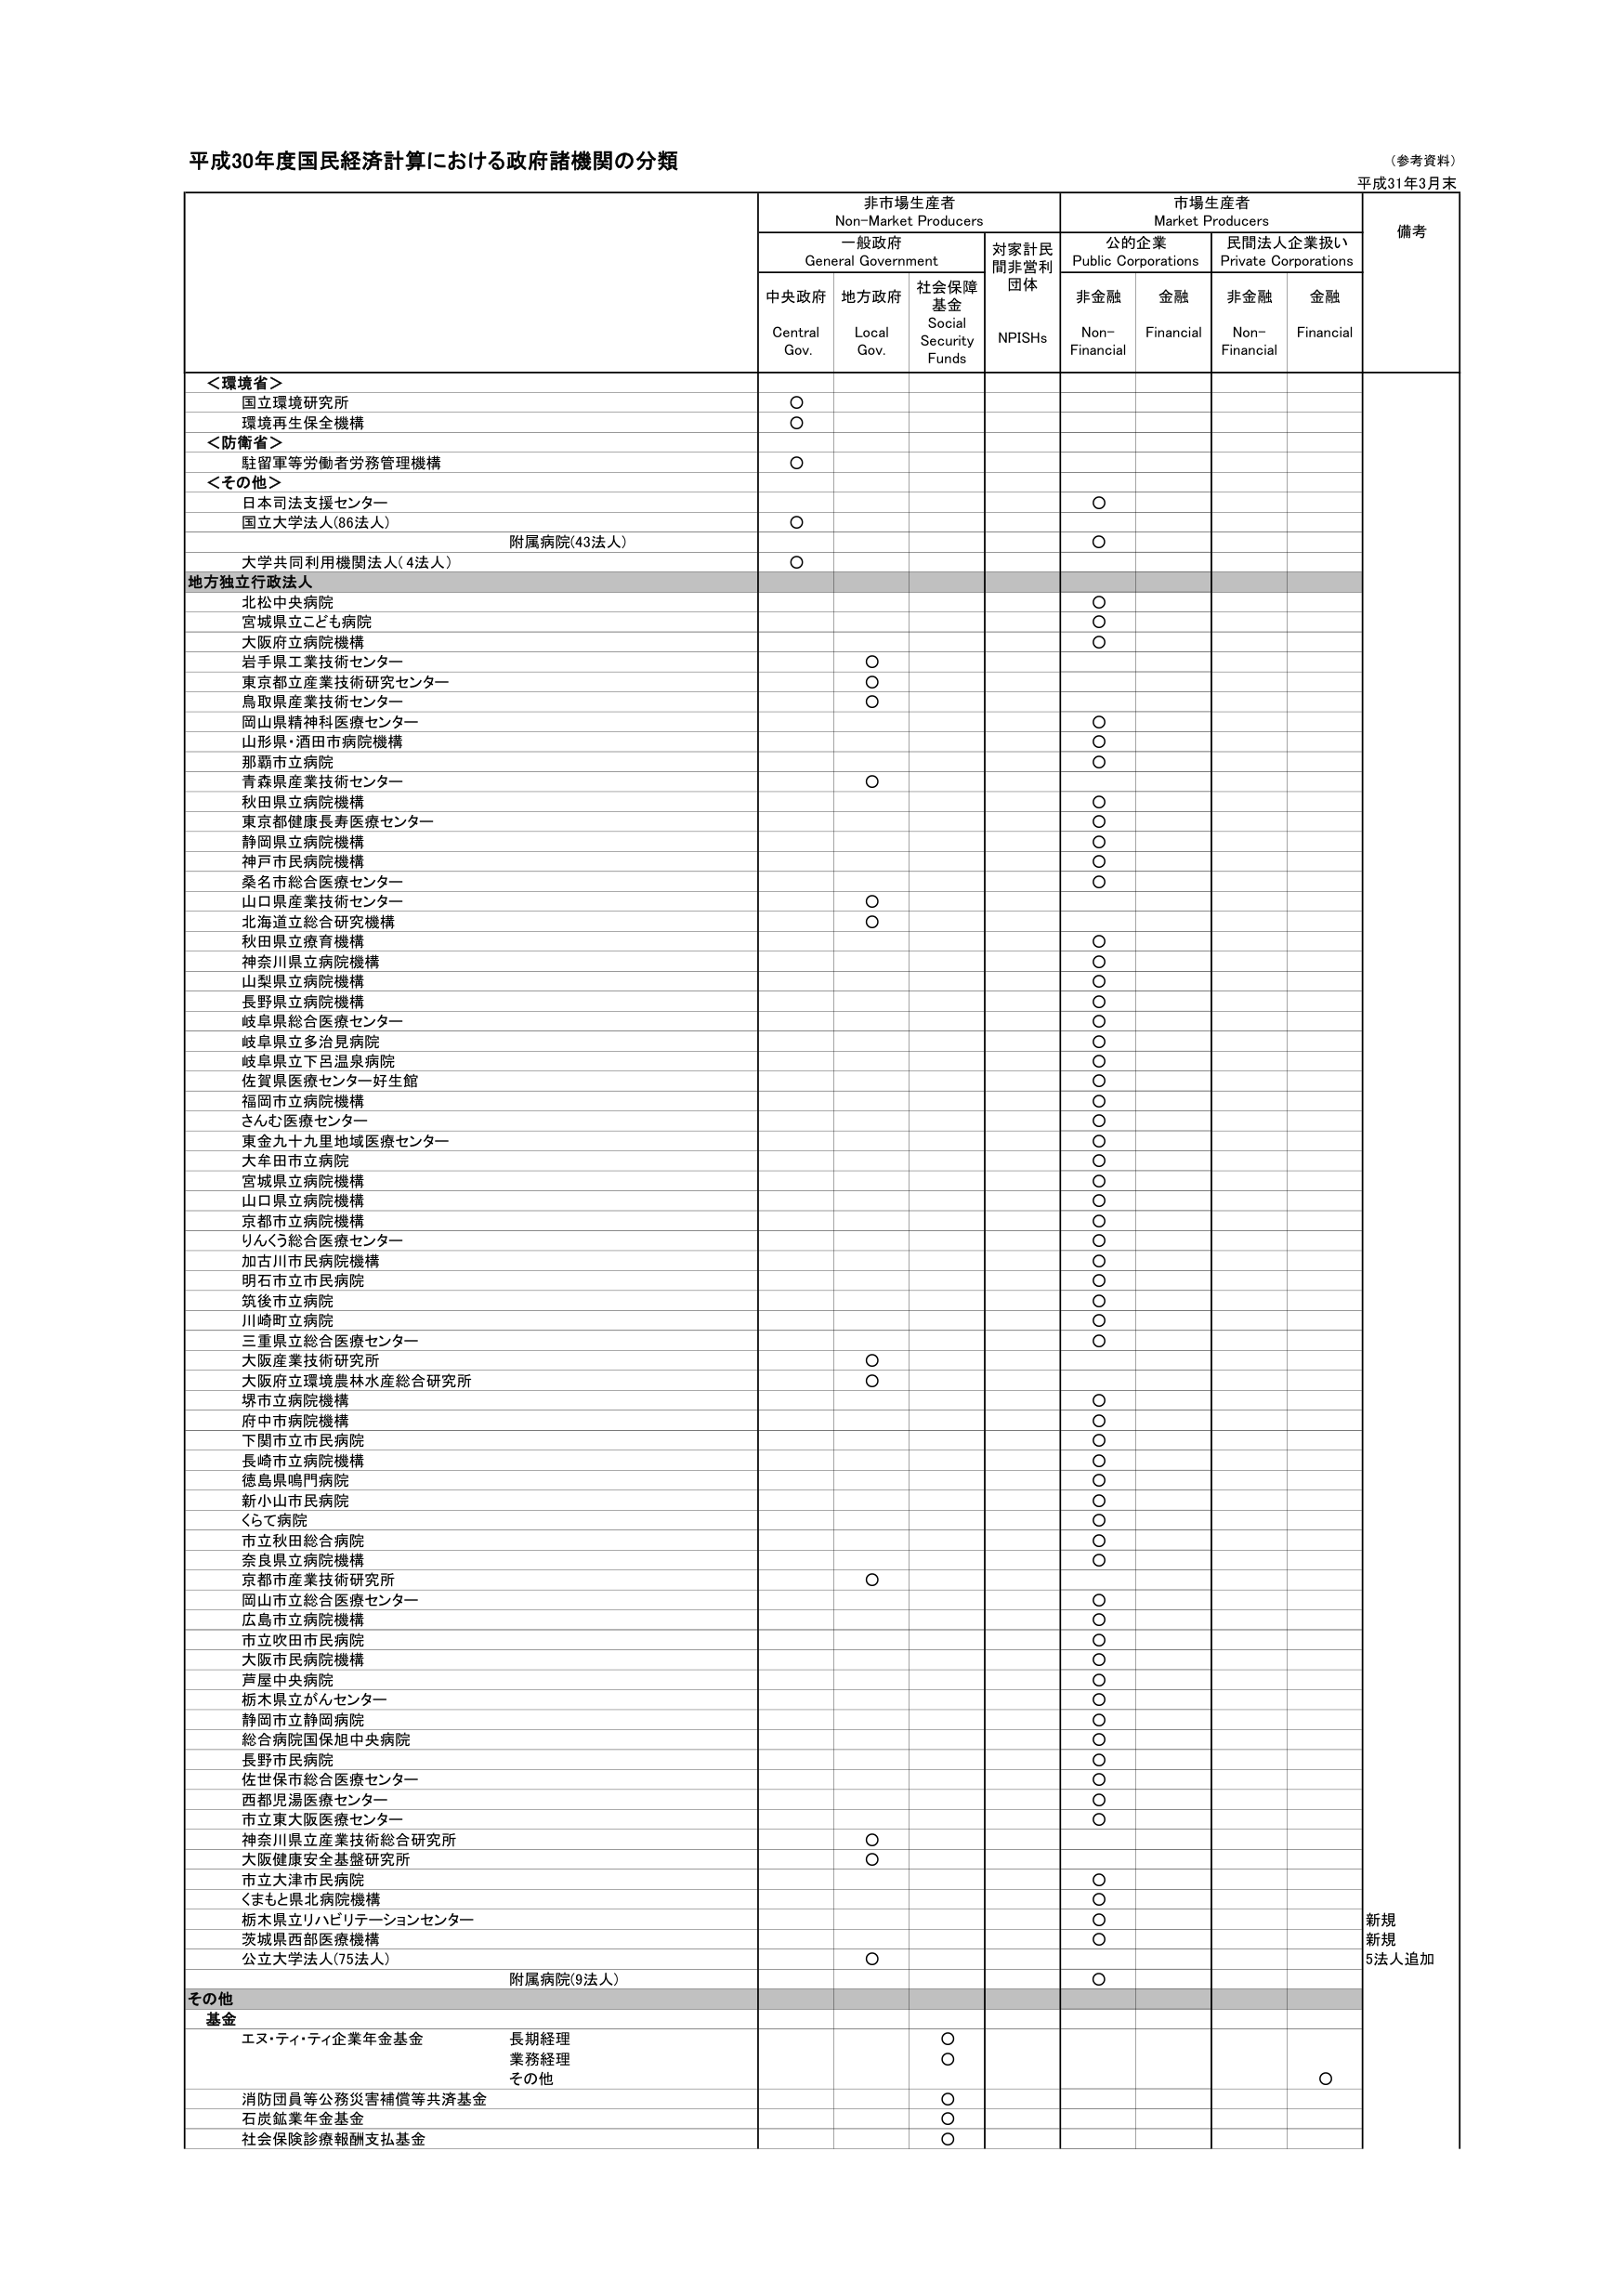
平成30年度国民経済計算における政府諸機関の分類
（参考資料）
平成31年3月末

非市場生産者
Non-Market Producers
市場生産者
Market Producers
備考

一般政府
General Government
対家計民間非営利団体
NPISHs
公の企業
Public Corporations
民間法人企業扱い
Private Corporations

中央政府
Central Gov.
地方政府
Local Gov.
社会保障基金
Social Security Funds
非金融
Non-Financial
金融
Financial
非金融
Non-Financial
金融
Financial

＜環境省＞
国立環境研究所
〇
環境再生保全機構
〇
＜防衛省＞
駐留軍等労働者労務管理機構
〇
＜その他＞
日本司法支援センター
〇
国立大学法人（86法人）
〇
附属病院（43法人）
〇
大学共同利用機関法人（4法人）
〇
地方独立行政法人
北松中央病院
〇
宮城県立こども病院
〇
大阪府立病院機構
〇
岩手県工業技術センター
〇
東京都立産業技術研究センター
〇
鳥取県産業技術センター
〇
岡山県精神科医療センター
〇
山形県・酒田市病院機構
〇
那覇市立病院
〇
青森県産業技術センター
〇
秋田県立病院機構
〇
東京都健康長寿医療センター
〇
静岡県立病院機構
〇
神戸市民病院機構
〇
桑名市総合医療センター
〇
山口県産業技術センター
〇
北海道立総合研究機構
〇
秋田県立療育機構
〇
神奈川県立病院機構
〇
山梨県立病院機構
〇
長野県立病院機構
〇
岐阜県総合医療センター
〇
岐阜県立多治見病院
〇
岐阜県立下呂温泉病院
〇
佐賀県医療センター好生館
〇
福岡市立病院機構
〇
さんむ医療センター
〇
東金九十九里地域医療センター
〇
大牟田市立病院
〇
宮城県立病院機構
〇
山口県立病院機構
〇
京都市立病院機構
〇
りんくう総合医療センター
〇
加古川市民病院機構
〇
明石市立市民病院
〇
筑後市立病院
〇
川崎町立病院
〇
三重県立総合医療センター
〇
大阪産業技術研究所
〇
大阪府立環境農林水産総合研究所
〇
堺市立病院機構
〇
府中市病院機構
〇
下関市立市民病院
〇
長崎市立病院機構
〇
徳島県鳴門病院
〇
新小山市民病院
〇
くらて病院
〇
市立秋田総合病院
〇
奈良県立病院機構
〇
京都市産業技術研究所
〇
岡山市立総合医療センター
〇
広島市立病院機構
〇
市立吹田市民病院
〇
大阪市民病院機構
〇
芦屋中央病院
〇
栃木県立がんセンター
〇
静岡市立静岡病院
〇
総合病院国保旭中央病院
〇
長野市民病院
〇
佐世保市総合医療センター
〇
西都児湯医療センター
〇
市立東大阪医療センター
〇
神奈川県立産業技術総合研究所
〇
大阪健康安全基盤研究所
〇
市立大津市民病院
〇
くまもと県北病院機構
〇
栃木県立リハビリテーションセンター
〇
茨城県西部医療機構
〇
公立大学法人（75法人）
〇
附属病院（9法人）
〇
その他
基金
エヌ・ティ・ティ企業年金基金
長期経理
〇
業務経理
〇
その他
〇
消防団員等公務災害補償等共済基金
〇
石炭鉱業年金基金
〇
社会保険診療報酬支払基金
〇
新規
新規
5法人追加